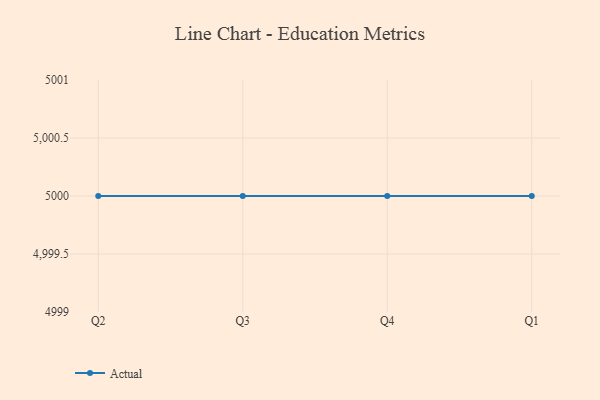
{"axis": {"x": "Quarter", "y": "Website Visitors"}, "legend": ["Actual"], "data": [{"x": "Q2", "y": 5000, "type": "Actual"}, {"x": "Q3", "y": 5000, "type": "Actual"}, {"x": "Q4", "y": 5000, "type": "Actual"}, {"x": "Q1", "y": 5000, "type": "Actual"}]}